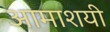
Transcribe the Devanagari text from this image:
आमाशयी